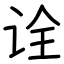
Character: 诠